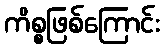
ကိစ္စဖြစ်ကြောင်း